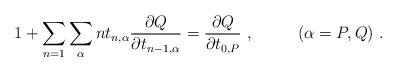
LaTeX: \begin{align*}1+\sum_{n=1}\sum_{\alpha} nt_{n,\alpha}\frac{\partial Q}{\partial t_{n-1,\alpha}}=\frac{\partial Q}{\partial t_{0,P}}~,~~~~~~~~(\alpha=P,Q)~.\end{align*}